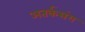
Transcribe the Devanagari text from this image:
अतर्कसंग